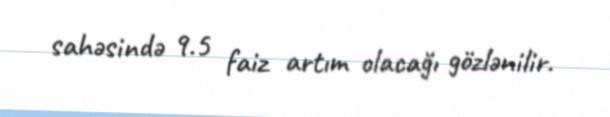
sahəsində 9.5 faiz artım olacağı gözlənilir.